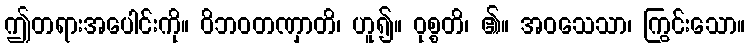
ဤတရားအပေါင်းကို။ ဝိဘဝတဏှာတိ၊ ဟူ၍။ ဝုစ္စတိ၊ ၏။ အဝသေသာ၊ ကြွင်းသော။